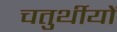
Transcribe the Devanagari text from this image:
चतुर्थीयों